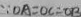
\because O A = O C = C B